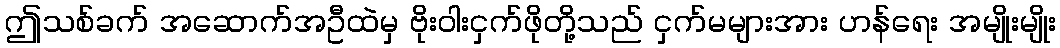
ဤသစ်ခက် အဆောက်အဦထဲမှ ဗိုးဝါးငှက်ဖိုတို့သည် ငှက်မများအား ဟန်ရေး အမျိုးမျိုး